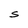
Character: S